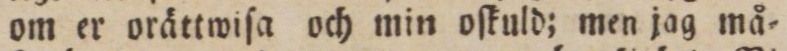
om er orättwiſa och min oſkuld; men jag må=